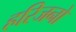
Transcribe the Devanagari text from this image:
हरिजनो